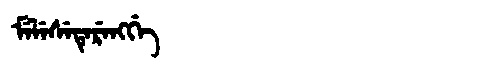
Manchu: ᠮᡝᠯᡝᠰᡝᡨᡝᡵᡝᠩᡤᡝ
Romanization: MELESETERENGGE